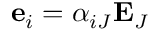
\ \mathbf { e } _ { i } = \alpha _ { i J } \mathbf { E } _ { J }